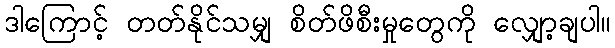
ဒါကြောင့် တတ်နိုင်သမျှ စိတ်ဖိစီးမှုတွေကို လျှော့ချပါ။